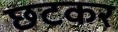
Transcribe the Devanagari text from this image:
छटकर